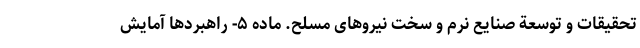
تحقیقات و توسعة صنایع نرم و سخت نیروهای مسلح. ماده ۵- راهبردها آمایش